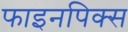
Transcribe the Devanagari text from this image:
फाइनपिक्स